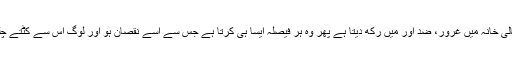
اور اس خالی خانہ میں غرور، ضد اور میں رکھ دیتا ہے پھر وہ ہر فیصلہ ایسا ہی کرتا ہے جس سے اسے نقصان ہو اور لوگ اس سے کٹتے چلے جائیں۔